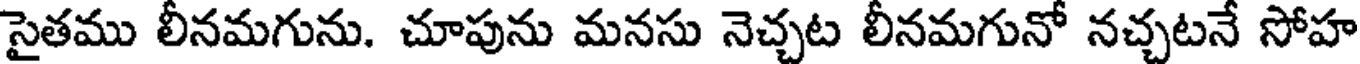
సైతము లీనమగును. చూపును మనసు నెచ్చట లీనమగునో నచ్చటనే సోహ